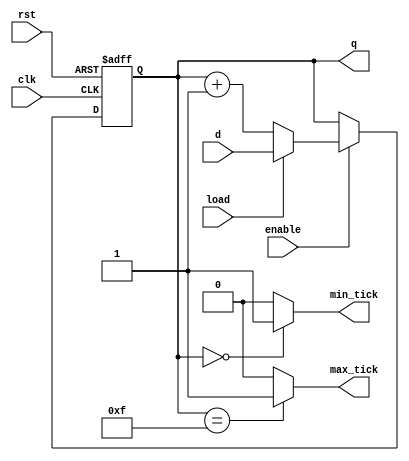
`timescale 1ns / 1ps
//////////////////////////////////////////////////////////////////////////////////
// Company: 
// Engineer: 
// 
// Design Name: 
// Module Name: cont_test
// Project Name: 
// Target Devices: 
// Tool Versions: 
// Description: 
// 
// Dependencies: 
// 
// Revision:
// Revision 0.01 - File Created
// Additional Comments:
// 
//////////////////////////////////////////////////////////////////////////////////


module cont_test #(parameter W=4)
(
input wire clk,
input wire rst,
input wire load,
input wire enable,
input wire [W-1:0] d,

output wire max_tick,
output wire min_tick,
output wire [W-1:0] q

);



reg [W-1:0] count;


always @(posedge clk, posedge rst)
begin
	if (rst)
		count <= 0;
	else if (enable)
	begin
		if (load)
		begin
			count <= d;
		end
		else
			count <= count + 1'b1;
	end
end

assign q = count;
assign max_tick = (count == 2**W-1) ? 1'b1 : 1'b0;
assign min_tick = (count == 0) ? 1'b1 : 1'b0;

endmodule